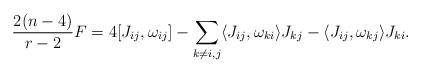
LaTeX: \begin{align*}\frac{2(n-4)}{r-2} F = 4 [ J_{ij}, \omega_{ij} ] - \sum_{k\neq i,j}\langle J_{ij}, \omega_{ki}\rangle J_{kj}-\langle J_{ij}, \omega_{kj}\rangle J_{ki}.\end{align*}